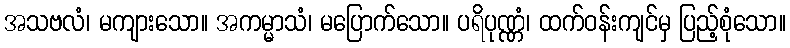
အသဗလံ၊ မကျားသော။ အကမ္မာသံ၊ မပြောက်သော။ ပရိပုဏ္ဏံ၊ ထက်ဝန်းကျင်မှ ပြည့်စုံသော။